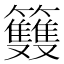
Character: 𥸌